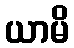
ယာမိ